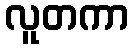
လူတကာ